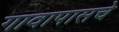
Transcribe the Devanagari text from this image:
गावापासचे